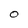
Character: O